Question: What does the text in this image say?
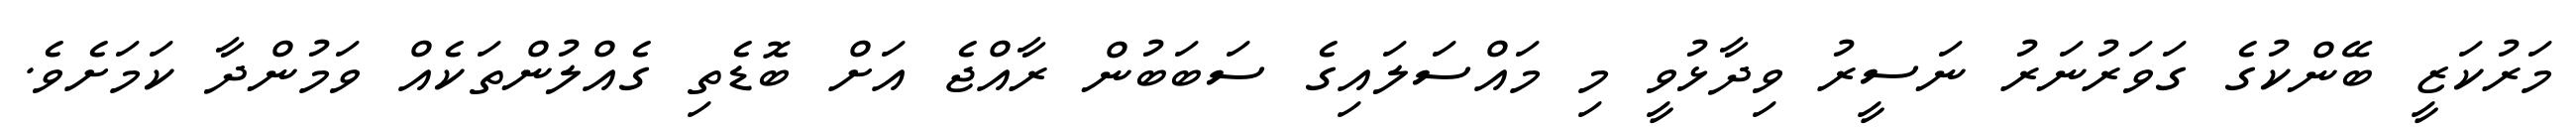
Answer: މަރުކަޒީ ބޭންކުގެ ގަވަރުނަރު ނަސީރު ވިދާޅުވީ މި މައްސަލައިގެ ސަބަބުން ރާއްޖެ އަށް ބޮޑެތި ގެއްލުންތަކެއް ވަމުންދާ ކަމަށެވެ.